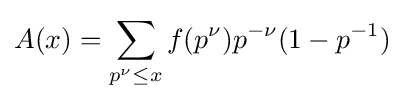
A(x)=\sum _{p^{\nu }\leq x}f(p^{\nu })p^{-\nu }(1-p^{-1})